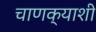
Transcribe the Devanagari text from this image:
चाणक्याशी